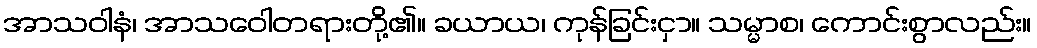
အာသဝါနံ၊ အာသဝေါတရားတို့၏။ ခယာယ၊ ကုန်ခြင်းငှာ။ သမ္မာစ၊ ကောင်းစွာလည်း။